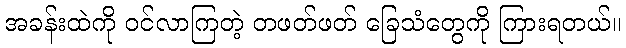
အခန်းထဲကို ဝင်လာကြတဲ့ တဖတ်ဖတ် ခြေသံတွေကို ကြားရတယ်။